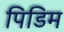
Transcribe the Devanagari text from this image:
पिडिम